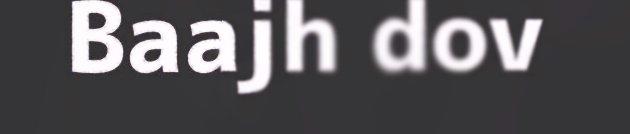
Baajh dov